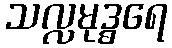
သလ္လမုဒ္ဓရေ